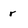
Character: r